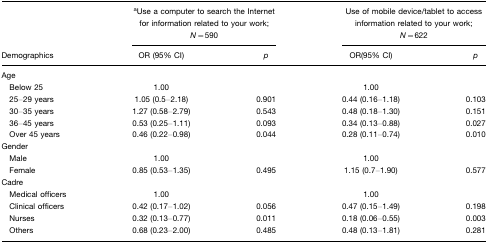
<table><thead><tr><td></td><td colspan="2"><b>aUse a computer to search the Internet for information related to your work; <i>N</i>=590</b></td><td colspan="2"><b>Use of mobile device/tablet to access information related to your work; <i>N</i>=622</b></td></tr><tr><td><b>Demographics</b></td><td><b>OR (95% CI)</b></td><td><b><i>p</i></b></td><td><b>OR(95% CI)</b></td><td><b><i>p</i></b></td></tr></thead><tbody><tr><td>Age</td><td></td><td></td><td></td><td></td></tr><tr><td> Below 25</td><td>1.00</td><td></td><td>1.00</td><td></td></tr><tr><td> 25–29 years</td><td>1.05 (0.5–2.18)</td><td>0.901</td><td>0.44 (0.16–1.18)</td><td>0.103</td></tr><tr><td> 30–35 years</td><td>1.27 (0.58–2.79)</td><td>0.543</td><td>0.48 (0.18–1.30)</td><td>0.151</td></tr><tr><td> 36–45 years</td><td>0.53 (0.25–1.11)</td><td>0.093</td><td>0.34 (0.13–0.88)</td><td>0.027</td></tr><tr><td> Over 45 years</td><td>0.46 (0.22–0.98)</td><td>0.044</td><td>0.28 (0.11–0.74)</td><td>0.010</td></tr><tr><td>Gender</td><td></td><td></td><td></td><td></td></tr><tr><td> Male</td><td>1.00</td><td></td><td>1.00</td><td></td></tr><tr><td> Female</td><td>0.85 (0.53–1.35)</td><td>0.495</td><td>1.15 (0.7–1.90)</td><td>0.577</td></tr><tr><td>Cadre</td><td></td><td></td><td></td><td></td></tr><tr><td> Medical officers</td><td>1.00</td><td></td><td>1.00</td><td></td></tr><tr><td> Clinical officers</td><td>0.42 (0.17–1.02)</td><td>0.056</td><td>0.47 (0.15–1.49)</td><td>0.198</td></tr><tr><td> Nurses</td><td>0.32 (0.13–0.77)</td><td>0.011</td><td>0.18 (0.06–0.55)</td><td>0.003</td></tr><tr><td> Others</td><td>0.68 (0.23–2.00)</td><td>0.485</td><td>0.48 (0.13–1.81)</td><td>0.281</td></tr></tbody></table>